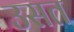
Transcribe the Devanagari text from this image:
उसत